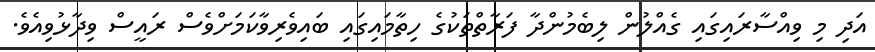
އަދި މި ވިއްސާރައިގައި ގެއްލުން ލިބެމުންދާ ފަރާތްތަކުގެ ހިތާމައިގައި ބައިވެރިވާކަމަށްވެސް ރައީސް ވިދާޅުވިއެވެ.